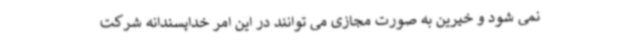
نمی شود و خیرین به صورت مجازی می توانند در این امر خداپسندانه شرکت